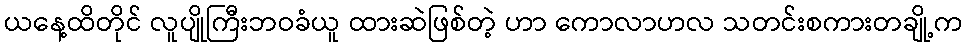
ယနေ့ထိတိုင် လူပျိုကြီးဘဝခံယူ ထားဆဲဖြစ်တဲ့ ဟာ ကောလာဟလ သတင်းစကားတချို့က